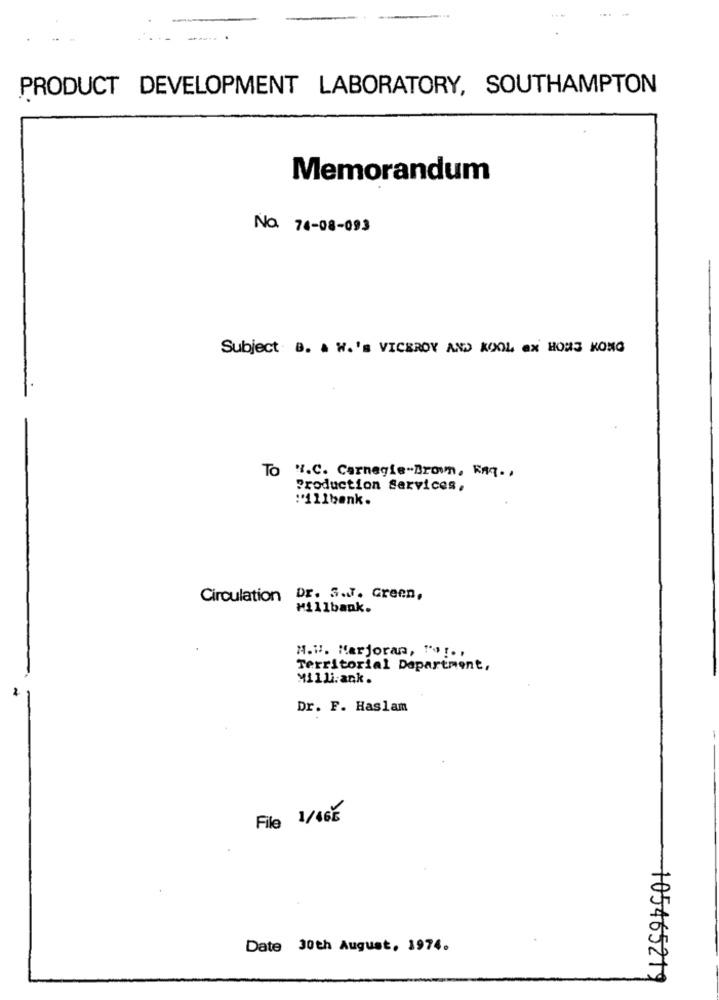
PRODUCT DEVELOPMENT LABORATORY, SOUTHAMPTON
Memorandum
No. 74-08-093
Subject B. A W.'s VICEROY AND KOOL ax HOME KONG
To W.C. Carnegie-Brown, Knq .,
Production Services,
:111bank.
Circulation Dr. S.7. Green,
Mi11bank.
N.W. Marjoran, "'s !. ,
Territorial Department,
Milli.ank.
Dr. F. Haslam
File 1/465
Date 30th August, 1974.
+05465219